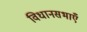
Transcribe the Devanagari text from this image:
विधानसभाएँ